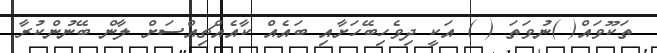
ތަކޫވައް( )ނުވަތަ ( ) އަކީ ދިވެހިބޭހަށާއި ބައެއް ކާއެއްޗިއްސަށް ލާން ބޭނުންކުރާ